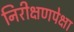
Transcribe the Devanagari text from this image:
निरीक्षणपेक्षा